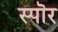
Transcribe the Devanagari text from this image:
स्पॊर